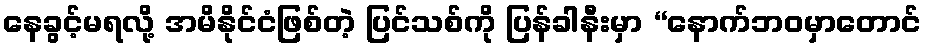
နေခွင့်မရလို့ အမိနိုင်ငံဖြစ်တဲ့ ပြင်သစ်ကို ပြန်ခါနီးမှာ “နောက်ဘဝမှာတောင်